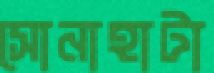
সোনাহাটা